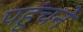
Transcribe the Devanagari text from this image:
पहूंचने